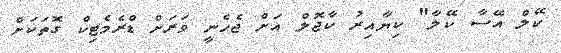
ކޭލް އޭސާ ކޭލާ" ކިޔާއިރު ކާޖޮލް އަށް ޖެހެނީ ވަރަށް ޑްރެމެޓިކް ގޮތަކަށް